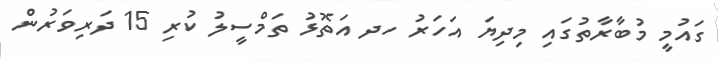
ގައުމީ މުބާރާތުގައި މިދިޔަ އަހަރު ހދ އަތޮޅު ތަމްސީލު ކުރި 15 ދަރިވަރުން